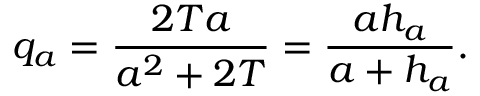
q _ { a } = { \frac { 2 T a } { a ^ { 2 } + 2 T } } = { \frac { a h _ { a } } { a + h _ { a } } } .